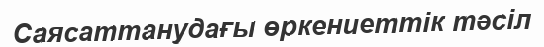
Саясаттанудағы өркениеттік тәсіл